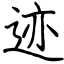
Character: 迹